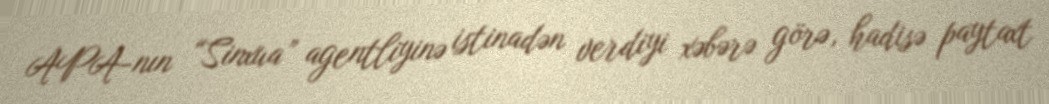
APA-nın “Sinxua” agentliyinə istinadən verdiyi xəbərə görə, hadisə paytaxt